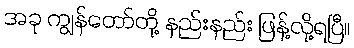
အခု ကျွန်တော်တို့ နည်းနည်း ဖြန့်လို့ရပြီ။